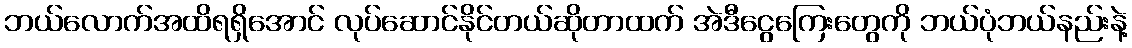
ဘယ်လောက်အထိရရှိအောင် လုပ်ဆောင်နိုင်တယ်ဆိုတာထက် အဲဒီငွေကြေးတွေကို ဘယ်ပုံဘယ်နည်းနဲ့